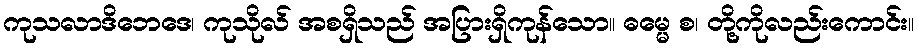
ကုသလာဒိဘေဒေ၊ ကုသိုလ် အစရှိသည် အပြားရှိကုန်သော။ ဓမ္မေ စ၊ တို့ကိုလည်းကောင်း။